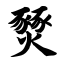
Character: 燹